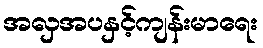
အလှအပနှင့်ကျန်းမာရေး